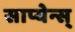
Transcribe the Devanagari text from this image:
साप्येन्स्